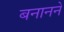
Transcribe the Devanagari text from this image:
बनानने